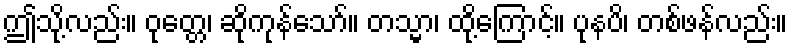
ဤသို့လည်း။ ဝုတ္တေ၊ ဆိုကုန်သော်။ တသ္မာ၊ ထို့ကြောင့်။ ပုနပိ၊ တစ်ဖန်လည်း။